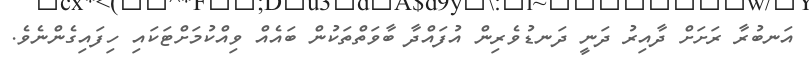
އަނބުރާ ރަށަށް ދާއިރު ދަނީ ދަނޑުވެރިން އުފައްދާ ބާވަތްތަކުން ބައެއް ވިއްކުމަށްޓަކައި ހިފައިގެންނެވެ.